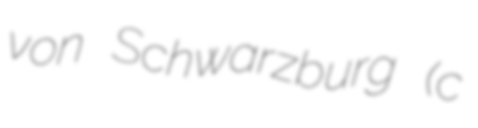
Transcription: von Schwarzburg (c